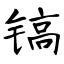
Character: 镐